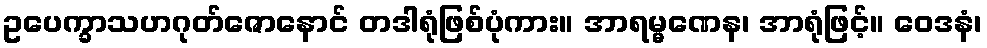
ဥပေက္ခာသဟဂုတ်ဇောနောင် တဒါရုံဖြစ်ပုံကား။ အာရမ္မဏေန၊ အာရုံဖြင့်။ ဝေဒနံ၊